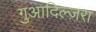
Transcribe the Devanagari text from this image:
गुआदिल्ज़रा